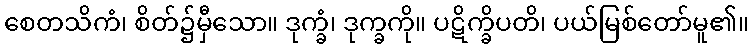
စေတသိကံ၊ စိတ်၌မှီသော။ ဒုက္ခံ၊ ဒုက္ခကို။ ပဋိက္ခိပတိ၊ ပယ်မြစ်တော်မူ၏။